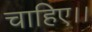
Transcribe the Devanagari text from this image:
चाहिए।।